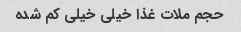
حجم ملات غذا خیلی خیلی کم شده